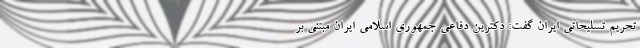
تحریم تسلیحاتی ایران گفت: دکترین دفاعی جمهوری اسلامی ایران مبتنی بر